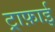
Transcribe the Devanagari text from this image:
ट्राफ़ाई